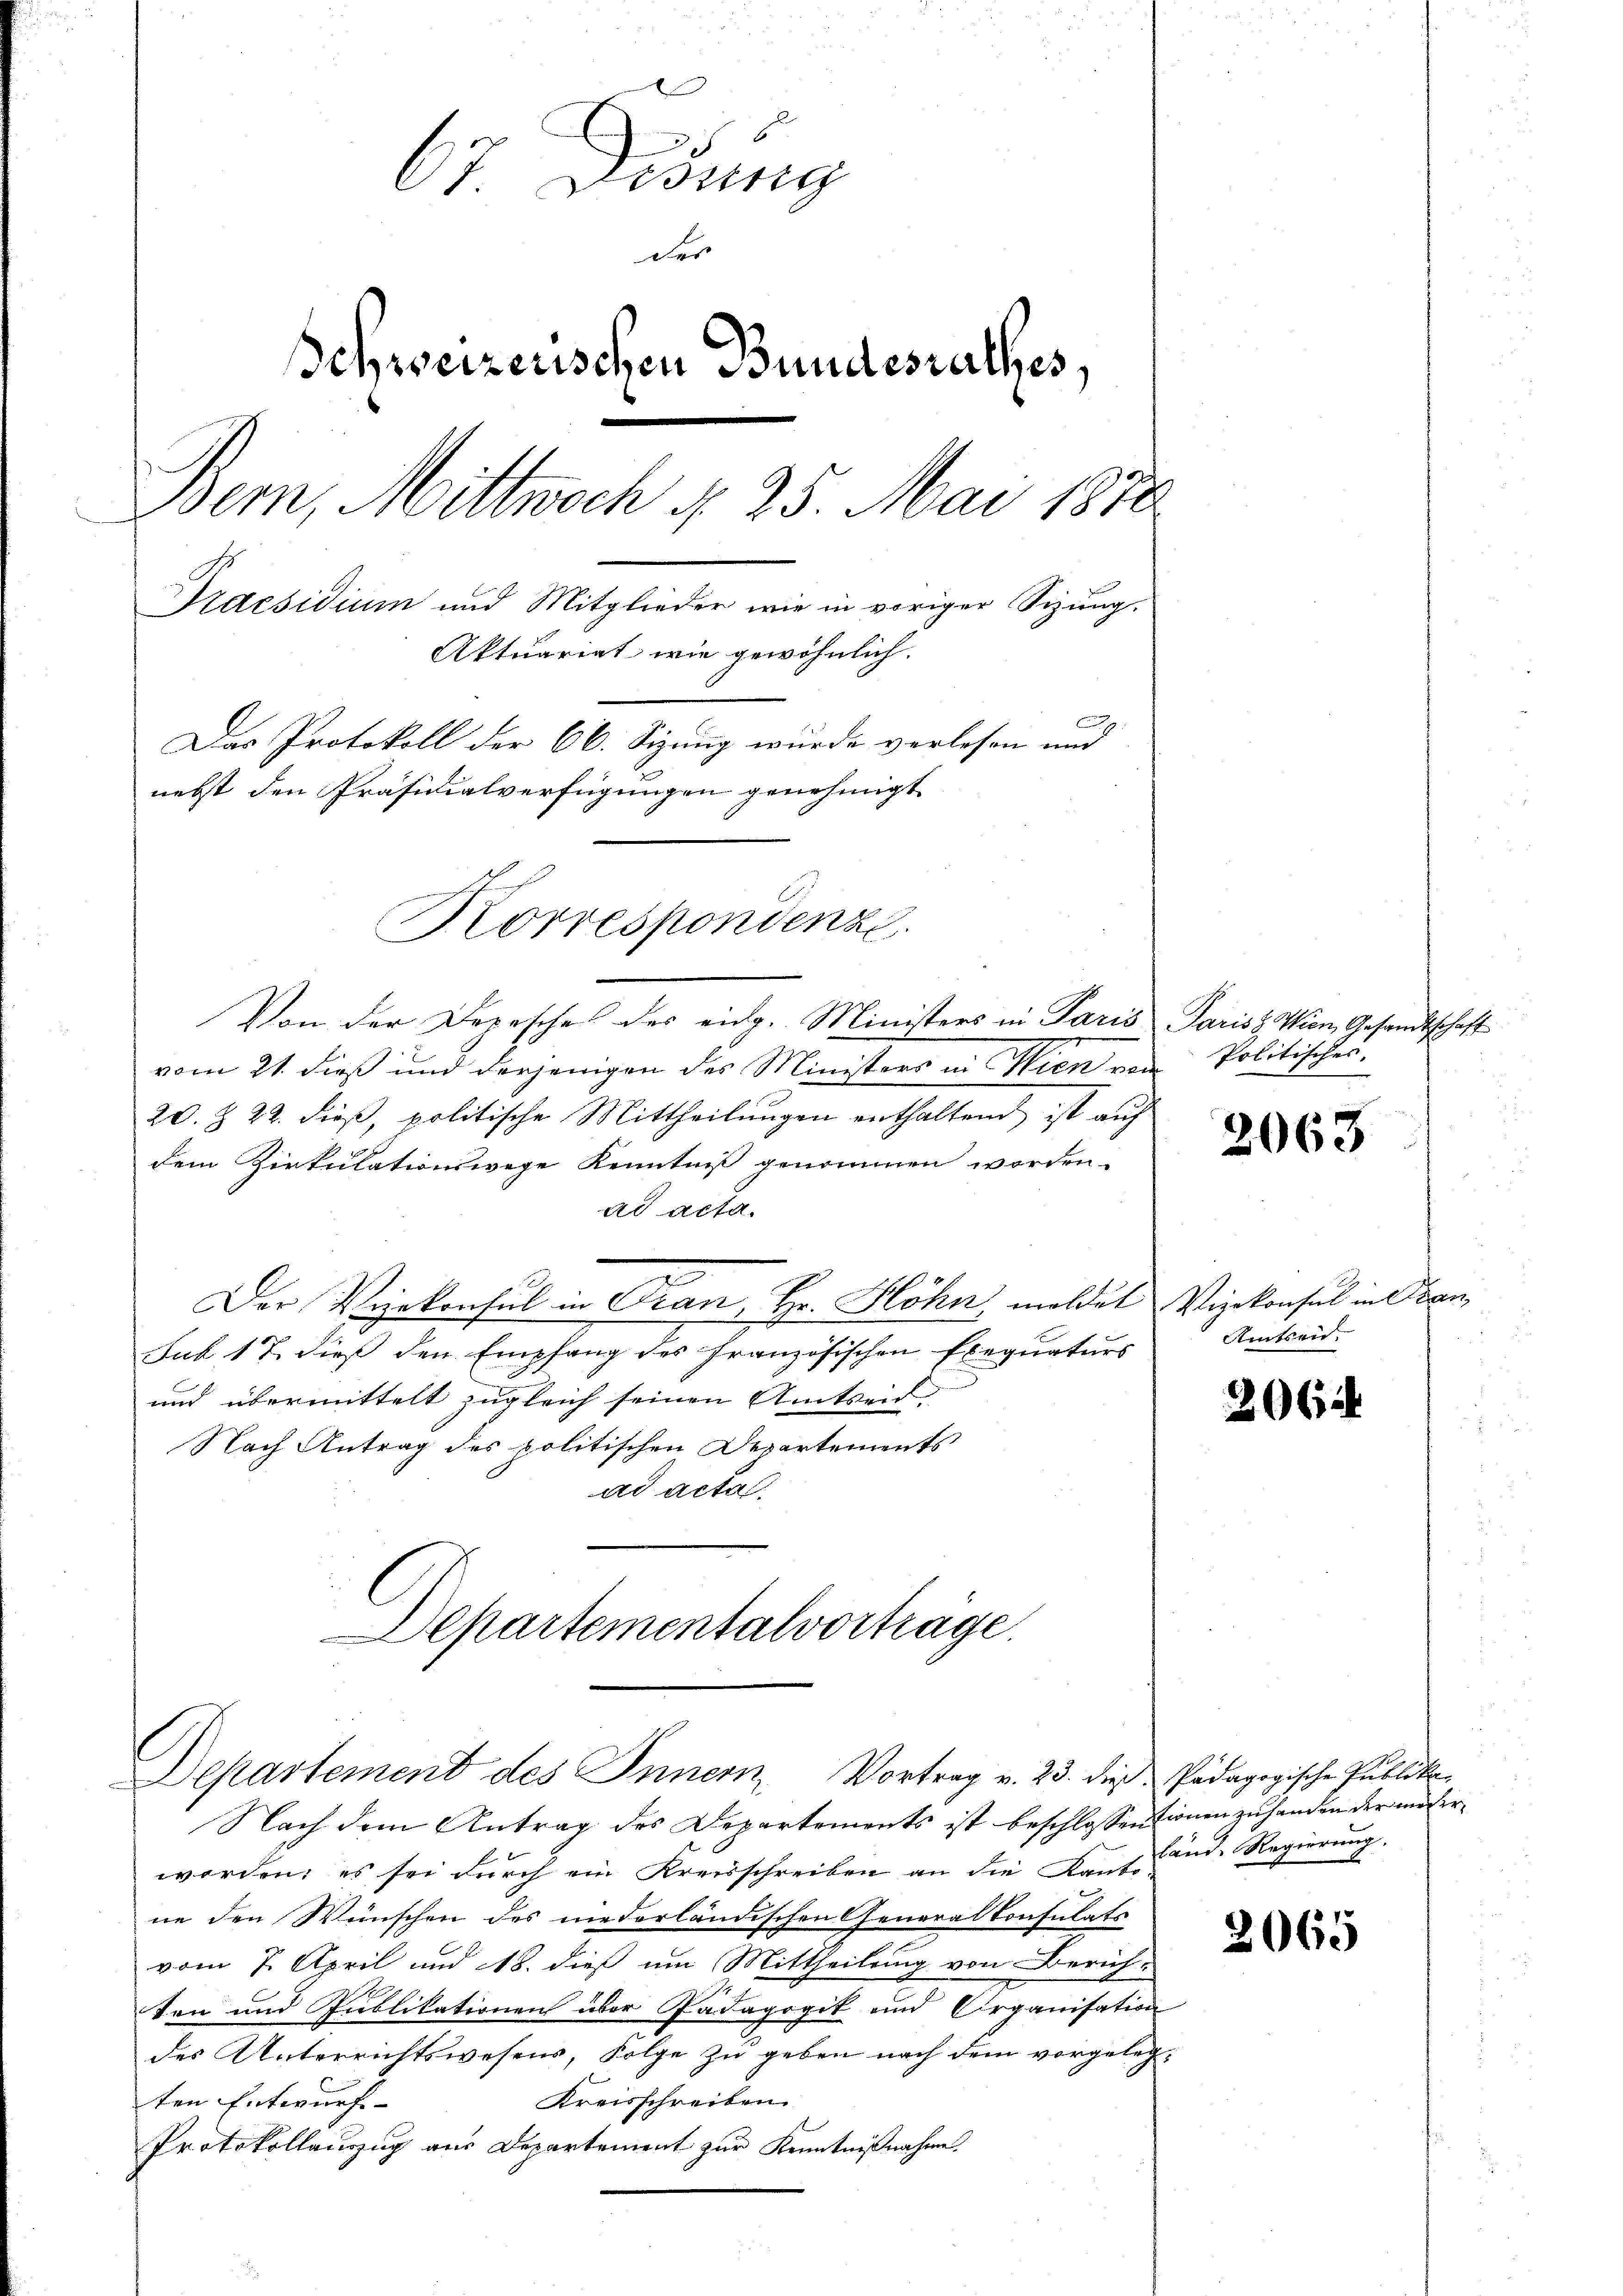
67 Didung
der
Schweizerischen Bundesrathes,
Bem, Mittwoch N. 25. Mai 1850.
Praesidium und Mitglieder wie in voriger Sizung.
Aktuariat, wie gewöhnlich.
Das Protokoll der 66. Sizung wurde verlesen und
nebst den Präsidialverfügungen genehmigt
Korrespondenz.

Von der Depesches des eidg. Ministers in Paris Pariss Wien Gesandtschaft
vom 21. dieß und derjenigen des Ministers in Wien von
20. Z. 22. dieß, politische Mittheilungen enthaltend ist auf
dem Zirkulationswege Kenntniß genommen worden.
ad acta.
Der Verkonsul in Fran, Hr. Höhn, meldet Vizekonsul in Stan
Sub 17 dieß den Empfang des französischen Exequaturs
und übermittelt zugleich seinen Amtseid.
Nach Antrag des politischen Departements
ad acta.
Departementalverträge.

Departement des Innern, Vortrag v. 23. dieß Pädagogische Publika-

Nach dem Antrag des Departements ist beschlossentionen zu handen der unserworden; es sei durch ein Kreisschreiben an die Kant und Regierung.
ne den Wünschen des niederländischen General Consulats
vom 7. April und 18. dieß um Mittheilung von Zürichten und Publikationen über Pädagogik und Organisation
des Unterrichtswesens, Folge zu geben nach dem vorgeleg¬
Kreisschreiben.
ten Entwurfs-
Protokollauszug aus Departement zur Kenntnißnahme

Politisches.

2063

Amtseid.

206

2065